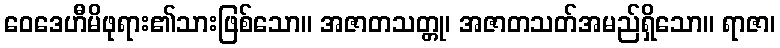
ဝေဒေဟီမိဖုရား၏သားဖြစ်သော။ အဇာတသတ္တု၊ အဇာတသတ်အမည်ရှိသော။ ရာဇာ၊